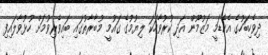
ދިވެހިބަހުގެ އެކެޑަމީ މަޒުމޫން އަދި ކުރުވާހަކަ ލިޔުމުގެ ގައުމީ މުބާރާތުގައި ބައިވެރިވުމަށް ހުޅުވާލައިފި